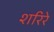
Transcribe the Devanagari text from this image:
शरिरे